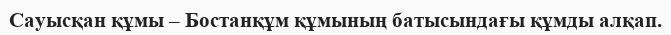
Сауысқан құмы – Бостанқұм құмының батысындағы құмды алқап.